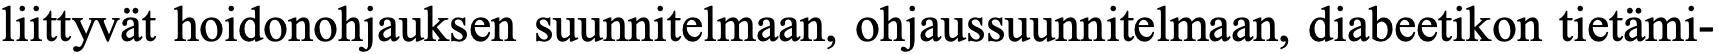
liittyvät hoidonohjauksen suunnitelmaan, ohjaussuunnitelmaan, diabeetikon tietämi-